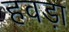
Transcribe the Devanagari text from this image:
हवड़ा